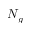
N _ { g }